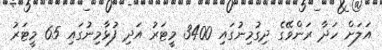
އަލަށް ހަދާ ރަންވޭގެ ދިގުމިނުގައި 3400 މީޓަރު އަދި ފުޅާމިނުގައި 65 މީޓަރު